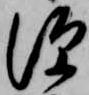
深